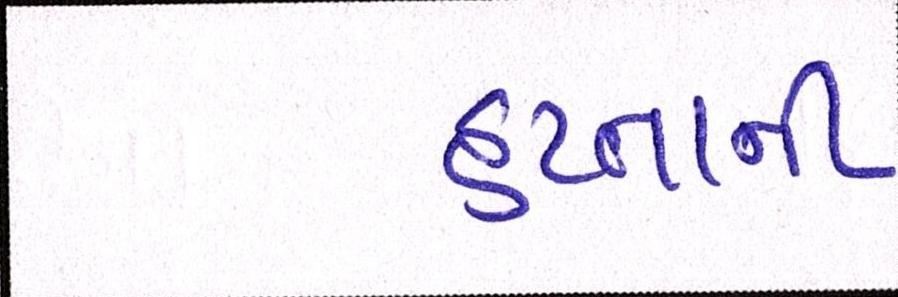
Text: હપ્તાની